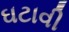
ઘટાવી